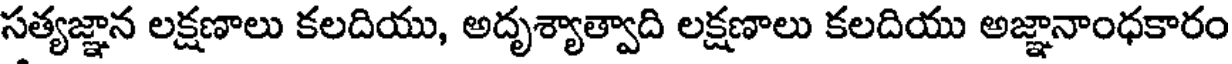
సత్యజ్ఞాన లక్షణాలు కలదియు, అదృశ్యాత్వాది లక్షణాలు కలదియు అజ్ఞానాంధకారం